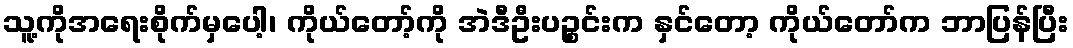
သူ့ကိုအရေးစိုက်မှပေါ့၊ ကိုယ်တော့်ကို အဲဒီဦးပဉ္စင်းက နှင်တော့ ကိုယ်တော်က ဘာပြန်ပြီး